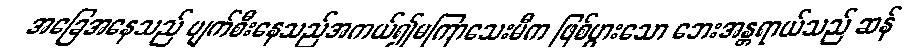
အခြေအနေသည် ပျက်စီးနေသည်အကယ်၍မကြာသေးမီက ဖြစ်ပွားသော ဘေးအန္တရာယ်သည် ဆန်